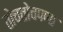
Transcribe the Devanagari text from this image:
तोचतोचपणा